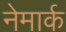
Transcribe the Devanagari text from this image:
नेमार्क